65_HS1-834228961_62-HQ-83894_Section_8
Agency: FBI
Page 38
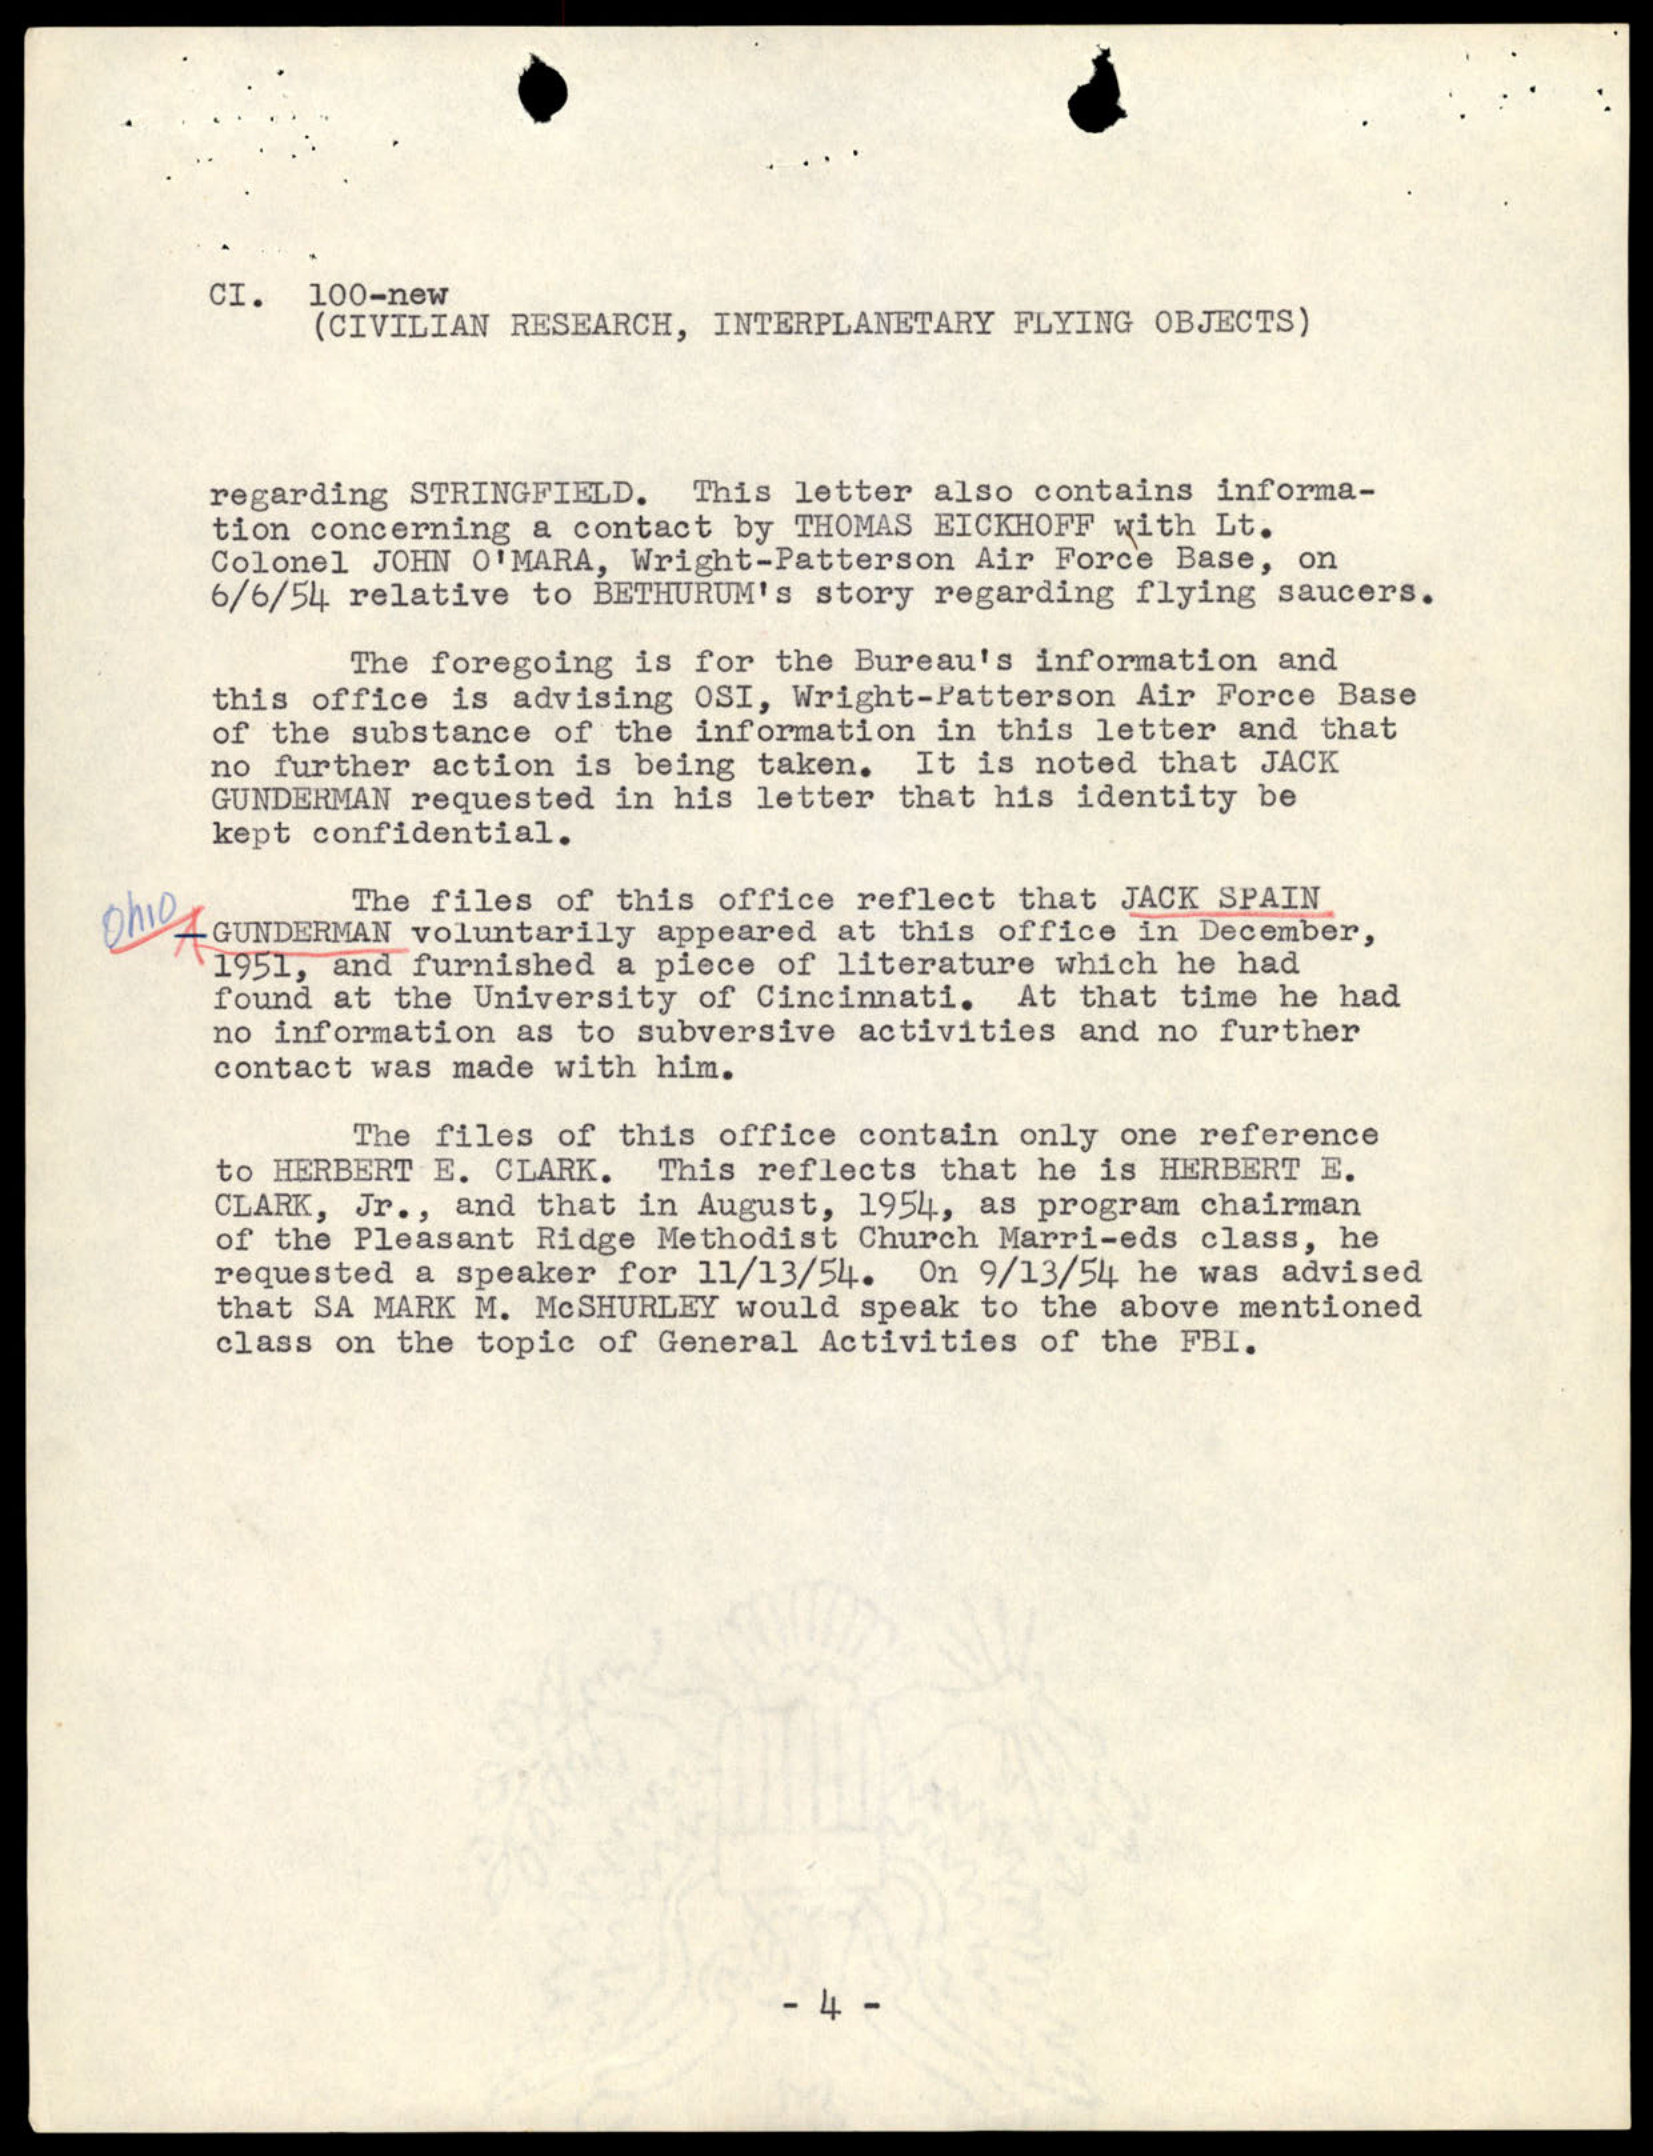